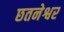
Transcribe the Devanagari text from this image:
छतनेश्वर